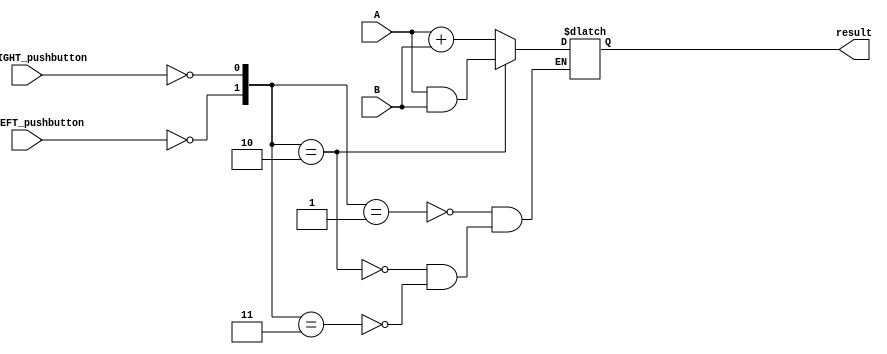
/*
Name: Victor Sira, 21278163
LAB1

This is the code including the inferred latch bug

*/

module lab1_top ( 
	input not_LEFT_pushbutton,
	input not_RIGHT_pushbutton,
	input [3:0] A,
	input [3:0] B,
	output reg [3:0] result );

	//Internal Logic:
	
	//Create Wires:	
	wire [3:0] ANDed_result;	//The 4-bit wire is a "bus"
	wire [3:0] ADDed_result;
	wire LEFT_pushbutton;
	wire RIGHT_pushbutton;

	//Create AND and ADD operation blocks:
	assign ANDed_result = A & B;
	assign ADDed_result = A + B;

	//Use negative logic on pushbuttons:
	assign LEFT_pushbutton = ~ not_LEFT_pushbutton;
	assign RIGHT_pushbutton = ~ not_RIGHT_pushbutton;

	//Use an always block to simulate MUX
	always @* begin 
		case( {LEFT_pushbutton, RIGHT_pushbutton} ) 	
			2'b01: result = ADDed_result;
			2'b10: result = ANDed_result;
			2'b11: result = ADDed_result; 	//Right pushbutton takes precedence
			//INSERT THIS CODE TO FIX THE LATCH
			//default: result = '4'b0;
		endcase
	end
	
endmodule